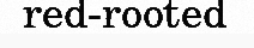
red-rooted